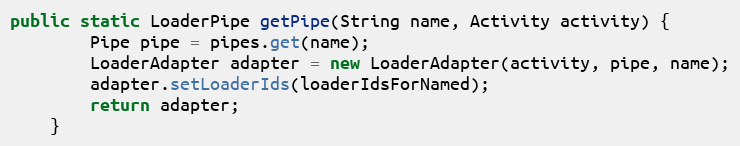
Language: Java
public static LoaderPipe getPipe(String name, Activity activity) {
        Pipe pipe = pipes.get(name);
        LoaderAdapter adapter = new LoaderAdapter(activity, pipe, name);
        adapter.setLoaderIds(loaderIdsForNamed);
        return adapter;
    }